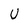
Character: U